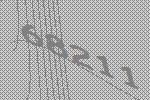
68211